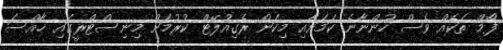
ފޯމް ތަކެއް ވެސް ހުންނާނެ ކަމަށާއި މިކަން ރެގިއުލޭޓް ކުރުމަށް މިނިސްޓްރީގައި ޚާއްސަ